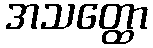
အသတ္ထော